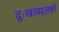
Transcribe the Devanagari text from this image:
दुःखाबद्दलही